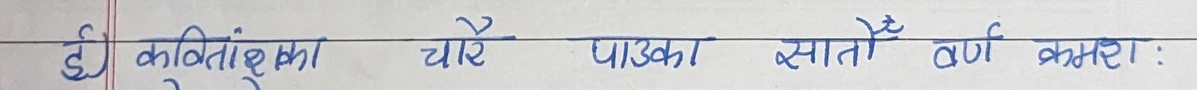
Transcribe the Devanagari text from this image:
ई कविताका चारै पादका सातौँ वर्ण क्रमशः